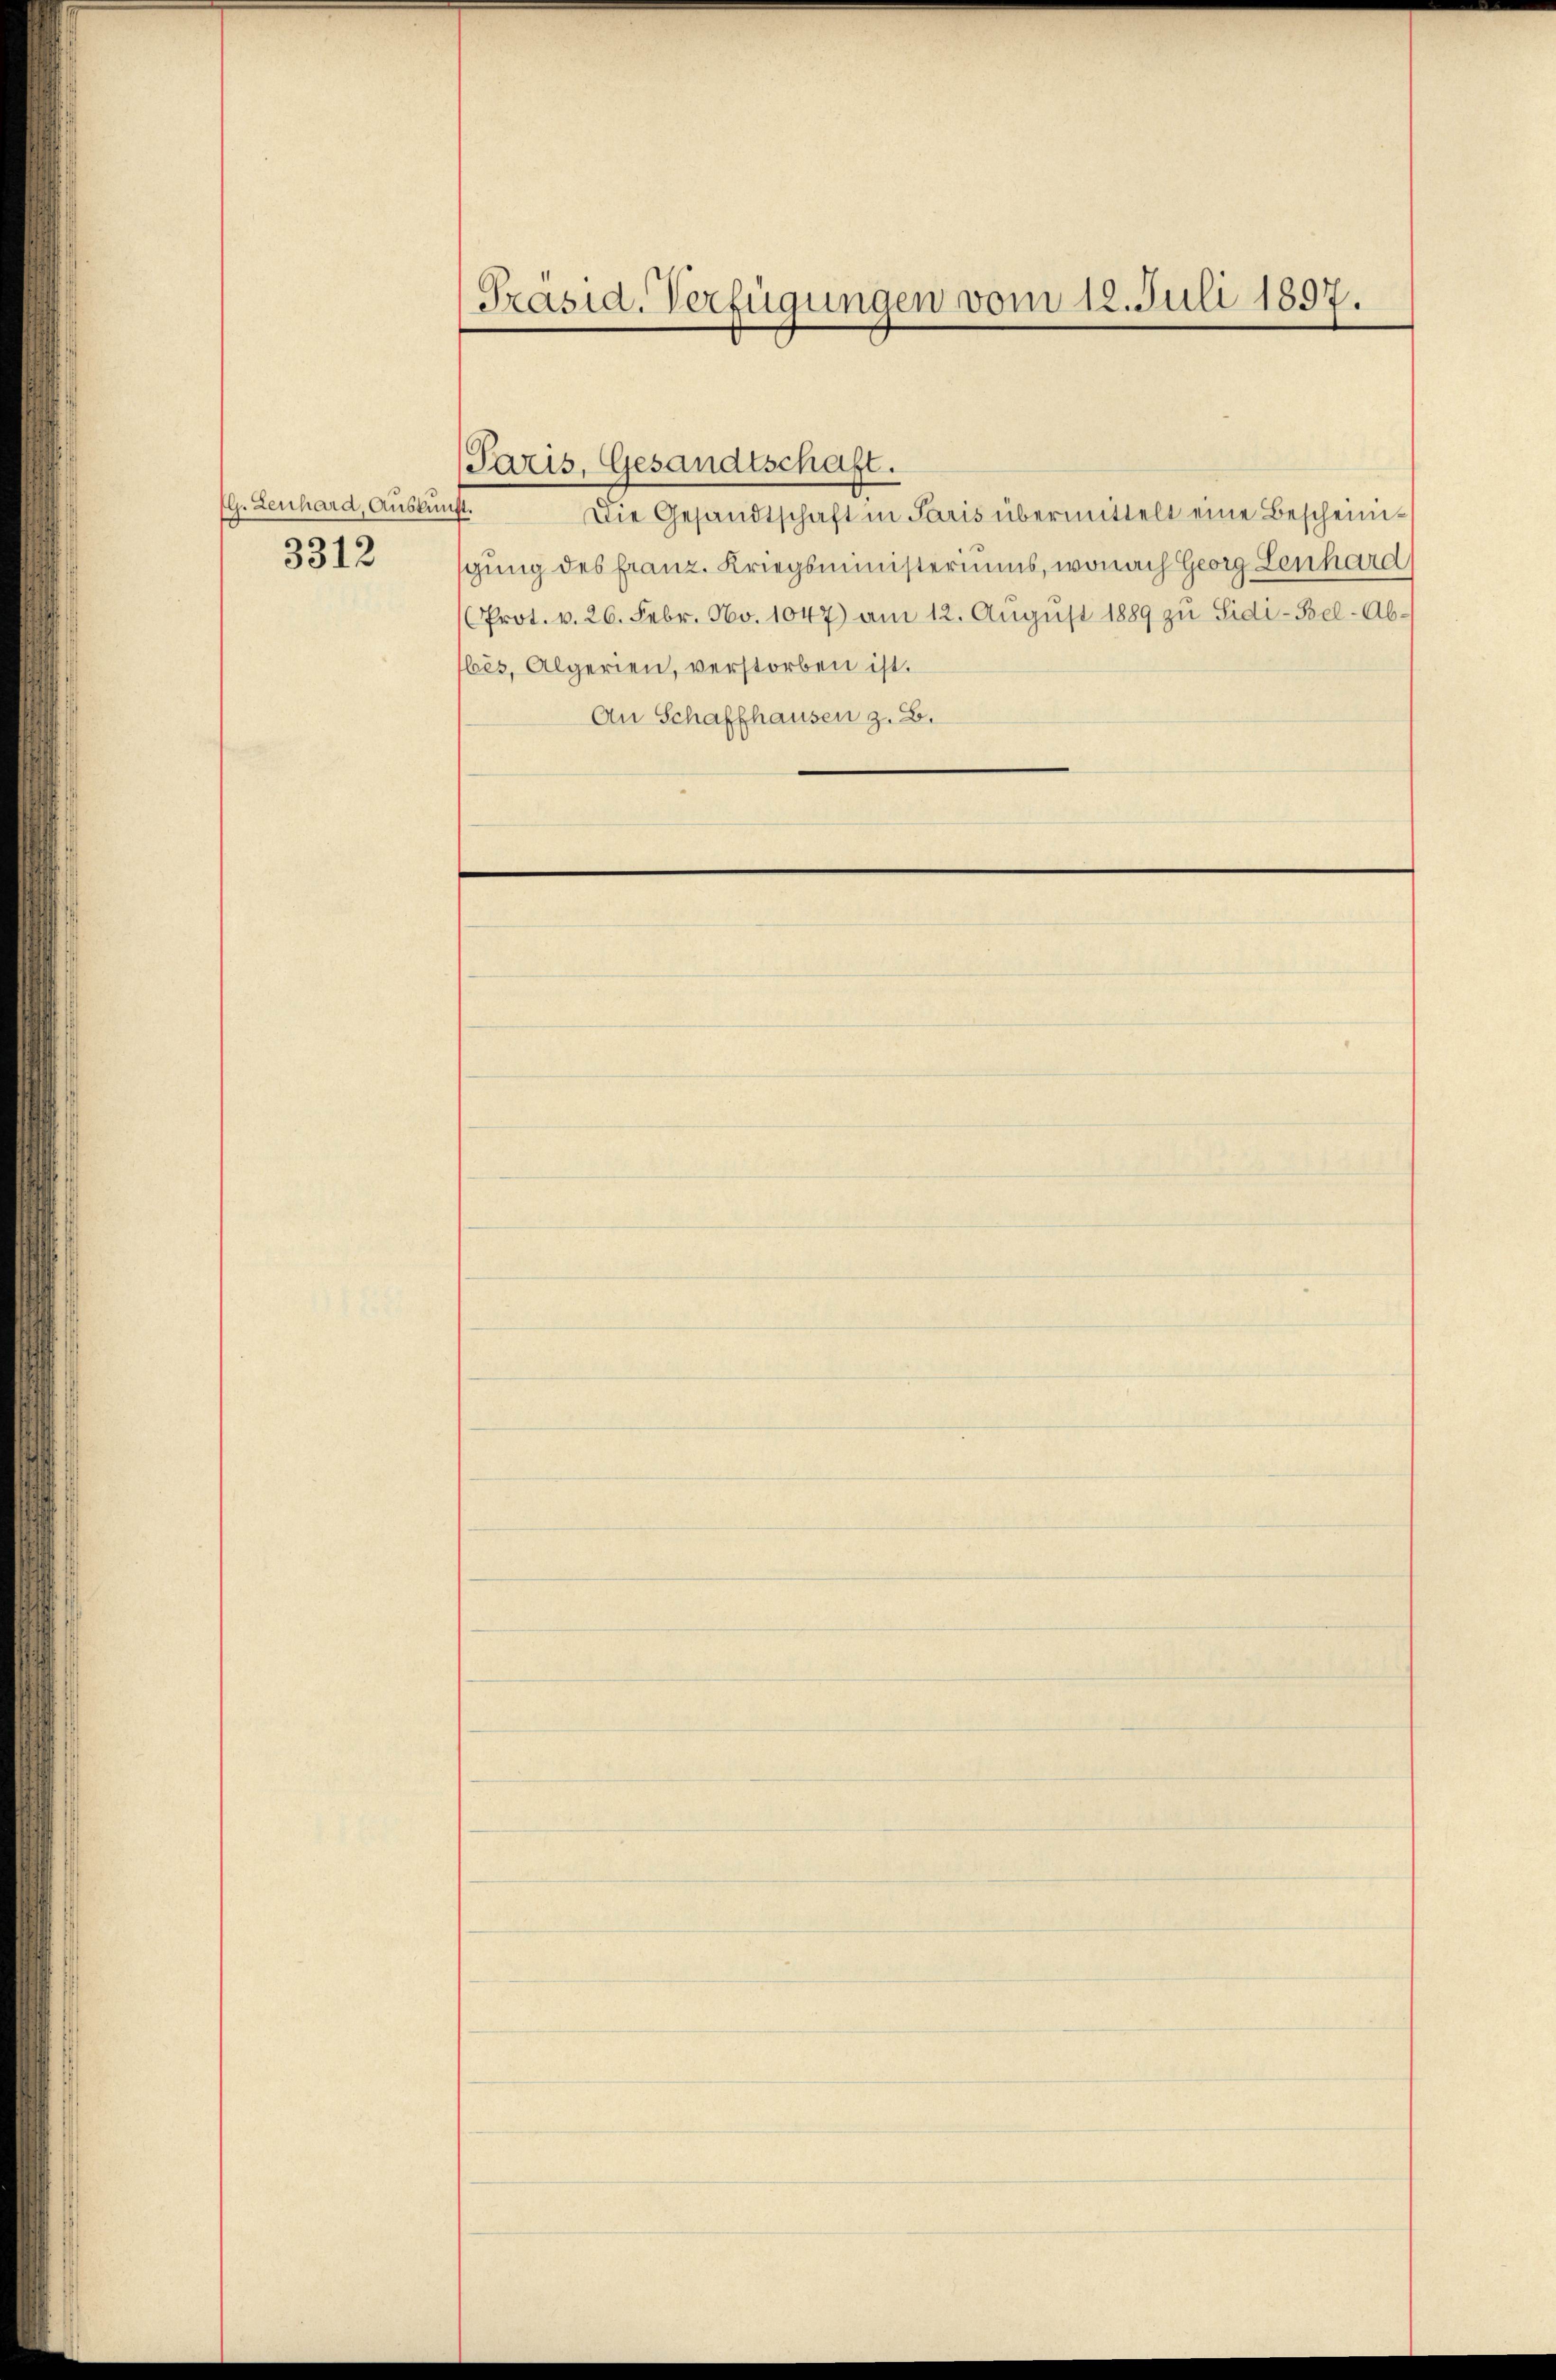
G. Lenhard, Auskunft.
3312

Präsid. Verfügungen vom 12. Juli 1897.

Paris, Gesandtschaft.
Die Gesandtschaft in Paris übermittelt eine Bescheinigung des franz. Kriegsministeriums, wonach Georg Lenhard
(Prot. v. 26. Febr. No. 1047) am 12. Aŭgŭst 1889 zu Sidi-Bel-Ab-
bes, Algerien, verstorben ist.
An Schaffhausen z. B.